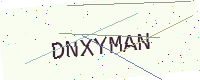
Text: DNXYMAN